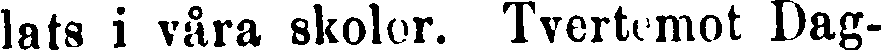
lats i våra skolor. Tvertemot Dag-